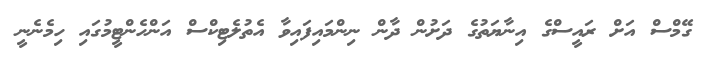
ގޭމްސް އަށް ރައީސްގެ އިނާޔަތުގެ ދަށުން ދާން ނިންމައިފައިވާ އެތުލެޓިކްސް އަންހެންޓީމުގައި ހިމެނެނީ